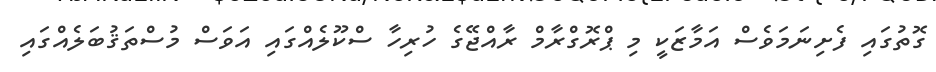
ގޮތުގައި ފެށިނަމަވެސް އަމާޒަކީ މި ޕްރޮގްރާމް ރާއްޖޭގެ ހުރިހާ ސްކޫލެއްގައި އަވަސް މުސްތަޤުބަލެއްގައި